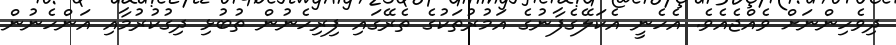
ދިވެހިންނަށް ވެއްޖެއެވެ. އެހެނީ އެކަލޭގެފާނުގެ އަމުރުތަކުގެ ތެރޭގައި ފިރިހެނުން ތުބުޅި ދިގުކުރުމާއި އަންހެނުން